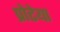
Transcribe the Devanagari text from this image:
प्रोटेया